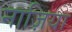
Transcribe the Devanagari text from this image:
नाज़िया